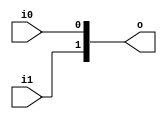
module vd4bd04_v9a2a06 (
 input i1,
 input i0,
 output [1:0] o
);
 assign o = {i1, i0};
endmodule